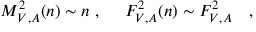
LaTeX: M _ { V , A } ^ { 2 } ( n ) \sim n \ , \ \ \ \ F _ { V , A } ^ { 2 } ( n ) \sim F _ { V , A } ^ { 2 } \quad ,